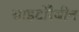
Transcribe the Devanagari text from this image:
साइटोरैबीन